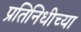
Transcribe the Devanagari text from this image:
प्रतिनिधीच्या